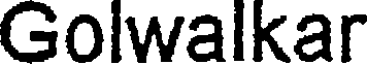
Golwalkar